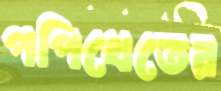
পপিখেতের